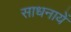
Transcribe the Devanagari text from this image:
साधनायें